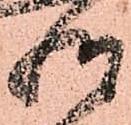
惶